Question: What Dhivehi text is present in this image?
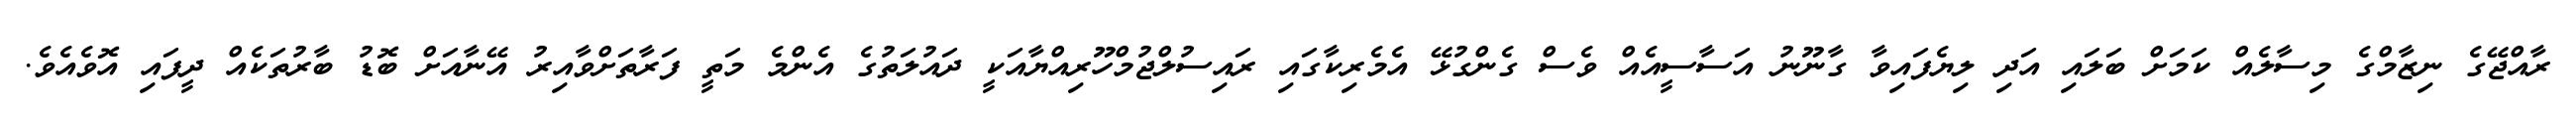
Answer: ރާއްޖޭގެ ނިޒާމްގެ މިސާލެއް ކަމަށް ބަލައި އަދި ލިޔެފައިވާ ގާނޫނު އަސާސީއެއް ވެސް ގެންގުޅޭ އެމެރިކާގައި ރައިސުލްޖުމްހޫރިއްޔާއަކީ ދައުލަތުގެ އެންމެ މަތީ ފަރާތަށްވާއިރު އޭނާއަށް ބޮޑު ބާރުތަކެއް ދީފައި އޮވެއެވެ.